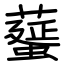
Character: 𦿸